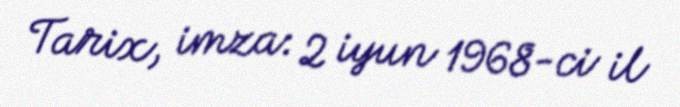
Tarix, imza: 2 iyun 1968-ci il